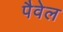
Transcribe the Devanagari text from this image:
पैवेल